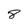
Character: 8